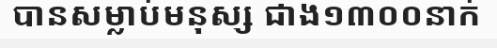
បានសម្លាប់មនុស្ស ជាង១៣០០នាក់